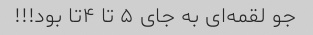
جو لقمه‌ای به جای ۵ تا ۴تا بود!!!